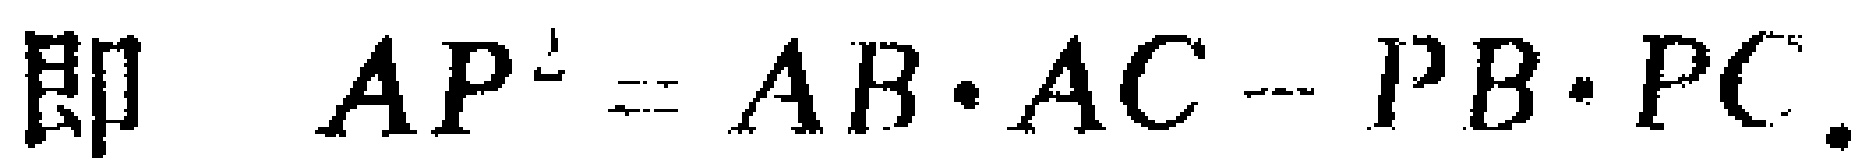
即 \(AP^{2}=AB\cdot AC - PB\cdot PC\).